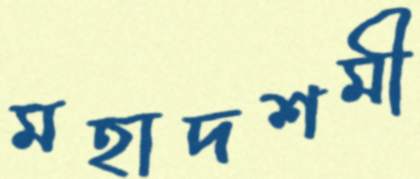
মহাদশমী